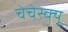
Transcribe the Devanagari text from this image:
चेचेस्क्यू